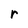
Character: r